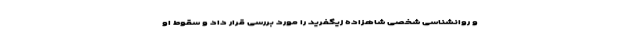
و روانشناسی شخصی شاهزاده زیگفرید را مورد بررسی قرار داد و سقوط او